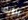
برؤيته